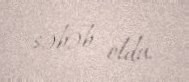
səbəb oldu.